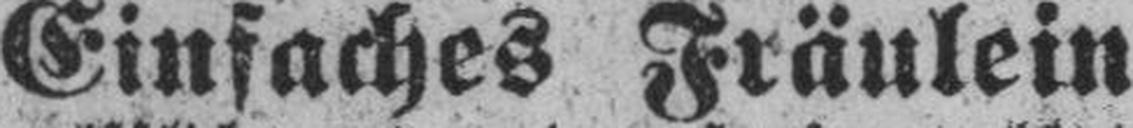
Einfaches Fräulein